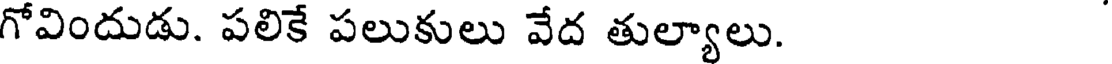
గోవిందుడు. పలికే పలుకులు వేద తుల్యాలు.